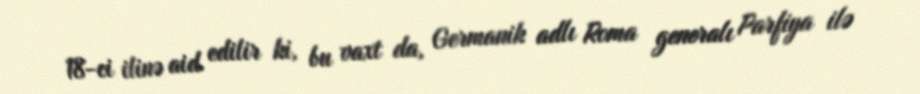
18-ci ilinə aid edilir ki, bu vaxt da, Germanik adlı Roma generalı Parfiya ilə